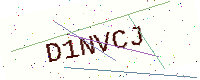
Text: D1NVCJ